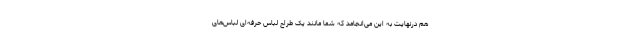
هم درنهایت به این می‌انجامد که شما مانند یک طراح لباس حرفه‌ای لباس‌های